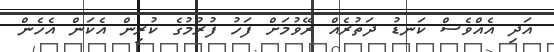
އަދި އެއްވެސް ކަނޑު ދަތުރެއް ރޭވުމަށް ފަހު ފުރުމުގެ ކުރިން އެކަން އެހެން